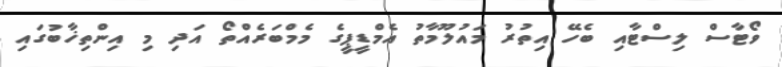
ވޯޓާސް ލިސްޓާއި ބެހޭ އިތުރު މައުލޫމާތު އެމްޑީޕީގެ މެމްބަރެއްތޯ އަދި މި އިންތިޚާބުގައި